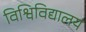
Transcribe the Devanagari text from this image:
विश्विविद्यालय